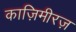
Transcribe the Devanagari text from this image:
काज़िमीरज़